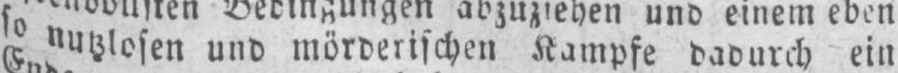
so nutzlosen und mörderischen Kampfe dadurch ein